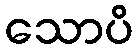
သောပိ